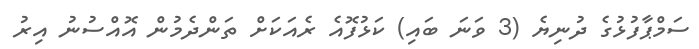
ސަމްޕާފުޅުގެ ދުނިޔެ (3 ވަނަ ބައި) ކަޅުފޮއެ ރެއަކަށް ތަންދެމުން އޮއްސުނު އިރު